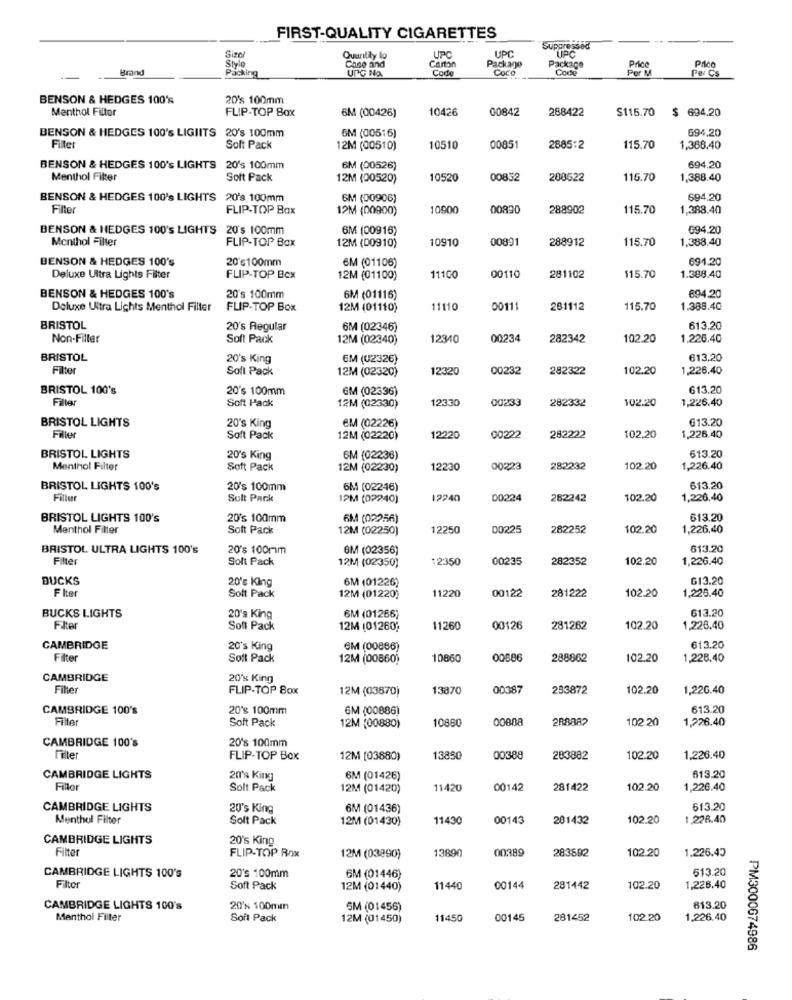
FIRST-QUALITY CIGARETTES
Size
UPC
Suppressed
ÚPC
Style
Quuntily lo
Carton
UPC
Prico
Brnd
Packing
Case and
UPG NO.
Code
Package
Coco
Package
Code
Per M
Price
Per Cs
BENSON & HEDGES 100's
20% 100mm
Menthol Filter
FLIP-TOP Box
6M (00426)
10426
00842
288422
$115.70
$ 694.20
BENSON & HEDGES 100's LIGIITS 20's 100mm
694,20
Filter
6M (00516)
Soft Pack
12M (00510)
10510
0085
2685:2
115.70
1,368.40
BENSON & HEDGES 100's LIGHTS 20's 100mm
6M (00526)
694.20
Menthol Filter
Soft Pack
12M (00520)
10520
00832
200522
116.70
1,388.40
BENSON & HEDGES 100's LIGHTS
20's 100mm
6M (00906)
694,20
Filter
FLIP-TOP Box
12M (00900)
10900
00830
288902
115.70
1,388.40
BENSON & HEDGES 100's LIGHTS 20's 100mm
6M (00916)
694.20
Menthol Filter
FLIP-TOP Box
10910
00891
288912
115.70
1,388.40
12M (00910)
BENSON & HEDGES 100's
20's100mm
6M (01106)
691.20
Deluxe Ultra Lights Fliter
FLIP-TOP Box
12M (01100)
11100
00110
281102
115.70
1.388.40
BENSON & HEDGES 100's
20's 100mm
6M (01116)
694.20
Deluxe Uitra Lichts Menthol Filter
FLIP-TOP Box
12M (01110)
11110
00111
281112
115.70
1.388.40
BRISTOL
20's Regular
6M (02346)
613.20
Non-Filler
Soft Pack
12M (02340)
12340
00234
282342
102.20
1.226,40
BRISTOL
20's King
EM (U2326)
613,20
Filter
Sofi Pack
12M (02320)
12320
00232
282322
102.20
1,226.40
BRISTOL 100's
20's 100mm
GM (02336)
613.20
Fille
Soft Pack
12330
00233
102.20
1,226.40
12M (02330)
282332
BRISTOL LIGHTS
613.20
20's King
EM (02226)
Fille
Soft Pack
12M (02220)
12220
00222
282222
102.20
1,226.40
BRISTOL LIGHTS
20's King
6M (02236)
613.20
Menthol Filter
Soft Pack
12M (02230)
12230
00223
282232
102.20
1,226.40
BRISTOL LIGHTS 100's
20's 100mm
6M (02246)
613.20
Fille
Sult Pack
1PM (02240)
12240
00224
282242
102.20
1,226,40
BRISTOL LIGHTS 100's
20's 100mm
6M (02256)
613.20
Menthol Filter
Soft Pack
12M (02250)
12250
00225
282252
102.20
1,226.40
BRISTOL ULTRA LIGHTS 100's
20's 100mm
GM (02356)
613.20
Filter
Solt Pack
:2350
00235
282352
102.20
1,226.40
12M (02350)
BUCKS
20's King
6M (01226)
613.20
F Iter
11220
00122
281222
102.20
Soft Pack
12M (01220)
1,226.40
613.20
BUCKS LIGHTS
20's King
6M (01266)
Filter
Soft Pack
12M (01260;
11260
00126
281262
102.20
1.228.40
CAMBRIDGE
20's King
6M (00866)
613.20
Filter
Soft Pack
12M (00860)
10860
00686
288862
102.20
1,228.40
CAMBRIDGE
20'% King
Filter
FLIP-TOP Box
12M (03870)
13870
00387
253872
102.20
1,226.40
CAMBRIDGE 100's
20's 100mm
GM (00886)
613.20
Filter
Solt Pack
10880
288882
102.20
1,226.40
12M (00880)
CAMBRIDGE 100's
20's 100mm
Filter
FLIP-TOP Box
12M [03880)
13850
00388
283882
102.20
1.226.40
CAMBRIDGE LIGHTS
20% King
6M (01426)
613.20
Filler
Solt Pack
12M (01420)
11420
00142
281422
102.20
1,226.40
CAMBRIDGE LIGHTS
20's King
6M (01436)
613.20
Menthol Filter
Solt Pack
12M (01430)
11430
00143
201432
102.20
1,228.40
CAMBRIDGE LIGHTS
20's King
Filter
13890
00389
283692
102.20
1.226.43
FLIP-TOP Rox
12M (03890)
613.20
CAMBRIDGE LIGHTS 100's
20's 100mm
6M (01446)
Filter
Soft Pack
12M (01440)
11440
00144
281442
102.20
,226.40
CAMBRIDGE LIGHTS 100's
20% 100mm
SM (01456)
613.20
Menthol Filter
Soft Pack
12M (01450)
11450
00145
281452
102.20
1,226.40
PM3000674986